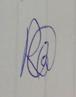
Signature authenticity: genuine